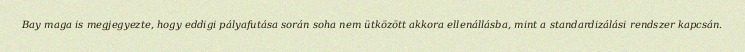
Bay maga is megjegyezte, hogy eddigi pályafutása során soha nem ütközött akkora ellenállásba, mint a standardizálási rendszer kapcsán.